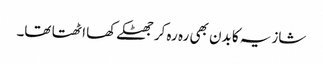
شازیہ کا بدن بھی رہ رہ کر جھٹکے کھا اٹھتا تھا۔